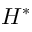
H ^ { \ast }